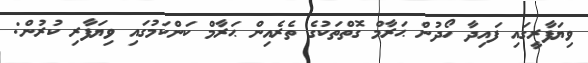
ވިޔަފާރީގައި ފައިދާ ހޯދުން ޙަރާމް ގޮތްތަކުގެ ތެރެއިން ޙަރާމް ކަންކަމުގައި ވިޔަފާރި ކުރުން: